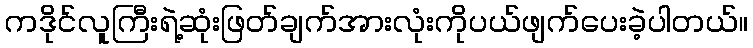
ကဒိုင်လူကြီးရဲ့ဆုံးဖြတ်ချက်အားလုံးကိုပယ်ဖျက်ပေးခဲ့ပါတယ်။